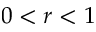
0 < r < 1